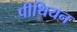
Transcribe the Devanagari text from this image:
पीथियन